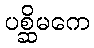
ပစ္ဆိမကေ